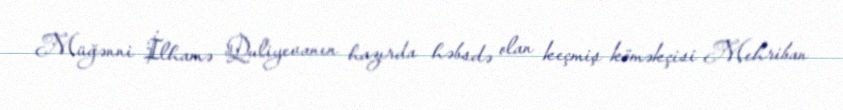
Müğənni İlhamə Quliyevanın hazırda həbsdə olan keçmiş köməkçisi Mehriban